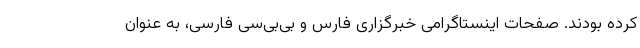
کرده بودند. صفحات اینستاگرامی خبرگزاری فارس و بی‌بی‌سی فارسی، به عنوان